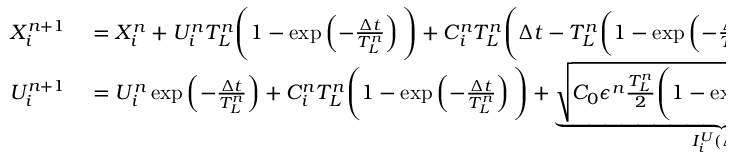
\begin{array} { r l } { X _ { i } ^ { n + 1 } } & { { } = X _ { i } ^ { n } + U _ { i } ^ { n } T _ { L } ^ { n } \Bigg ( 1 - \exp \left( - \frac { \Delta t } { T _ { L } ^ { n } } \right) \Bigg ) + C _ { i } ^ { n } T _ { L } ^ { n } \Bigg ( \Delta t - T _ { L } ^ { n } \bigg ( 1 - \exp \left( - \frac { \Delta t } { T _ { L } ^ { n } } \right) \bigg ) \Bigg ) } \\ { U _ { i } ^ { n + 1 } } & { { } = U _ { i } ^ { n } \exp \left( - \frac { \Delta t } { T _ { L } ^ { n } } \right) + C _ { i } ^ { n } T _ { L } ^ { n } \Bigg ( 1 - \exp \left( - \frac { \Delta t } { T _ { L } ^ { n } } \right) \Bigg ) + \underbrace { \sqrt { C _ { 0 } \epsilon ^ { n } \frac { T _ { L } ^ { n } } { 2 } \Bigg ( 1 - \exp \left( - 2 \frac { \Delta t } { T _ { L } ^ { n } } \right) \Bigg ) } \; \zeta _ { i } ^ { U } } _ { I _ { i } ^ { U } ( \Delta t ) } . } \end{array}